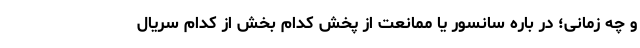
و چه زمانی؛ در باره سانسور یا ممانعت از پخش کدام بخش از کدام سریال